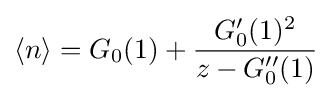
\langle n\rangle =G_{0}(1)+{\frac {G_{0}'(1)^{2}}{z-G_{0}''(1)}}